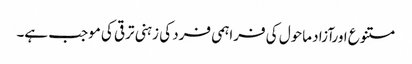
متنوع اورآزاد ماحول کی فراہمی فرد کی زہنی ترقی کی موجب ہے۔